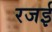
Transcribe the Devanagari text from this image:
रजई